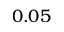
0 . 0 5